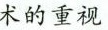
术的重视